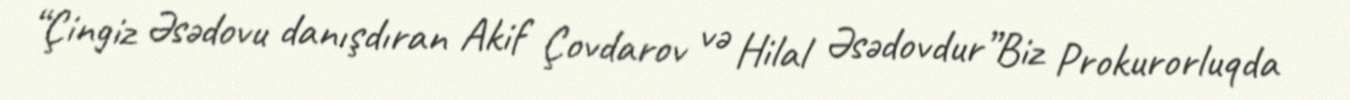
“Çingiz Əsədovu danışdıran Akif Çovdarov və Hilal Əsədovdur”Biz Prokurorluqda